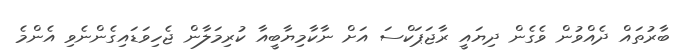
ބާރުތައް ދެއްވުން ވެގެން ދިޔައީ ރާޖަޕަކްސަ އަށް ނާކާމިޔާބީއާ ކުރިމަލާން ޖެހިވަޑައިގެންނެވި އެންމެ